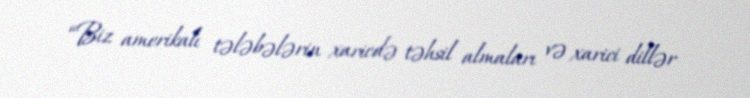
“Biz amerikalı tələbələrin xaricdə təhsil almaları və xarici dillər